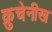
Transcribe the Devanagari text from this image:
क्रुचेनीख